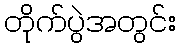
တိုက်ပွဲအတွင်း